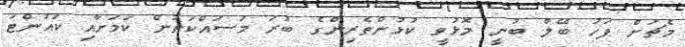
މެޗަށް ފަހު ބޭލް ބުނީ މޮޅުވީ ކުޅުންތެރިންގެ ބުރަ މަސައްކަތުން ކަމަށާއި ކައުންޓަ